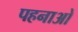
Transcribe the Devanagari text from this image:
पहनाओ